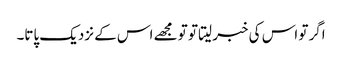
اگر تو اس کی خبر لیتا تو تو مجھے اس کے نزدیک پاتا۔